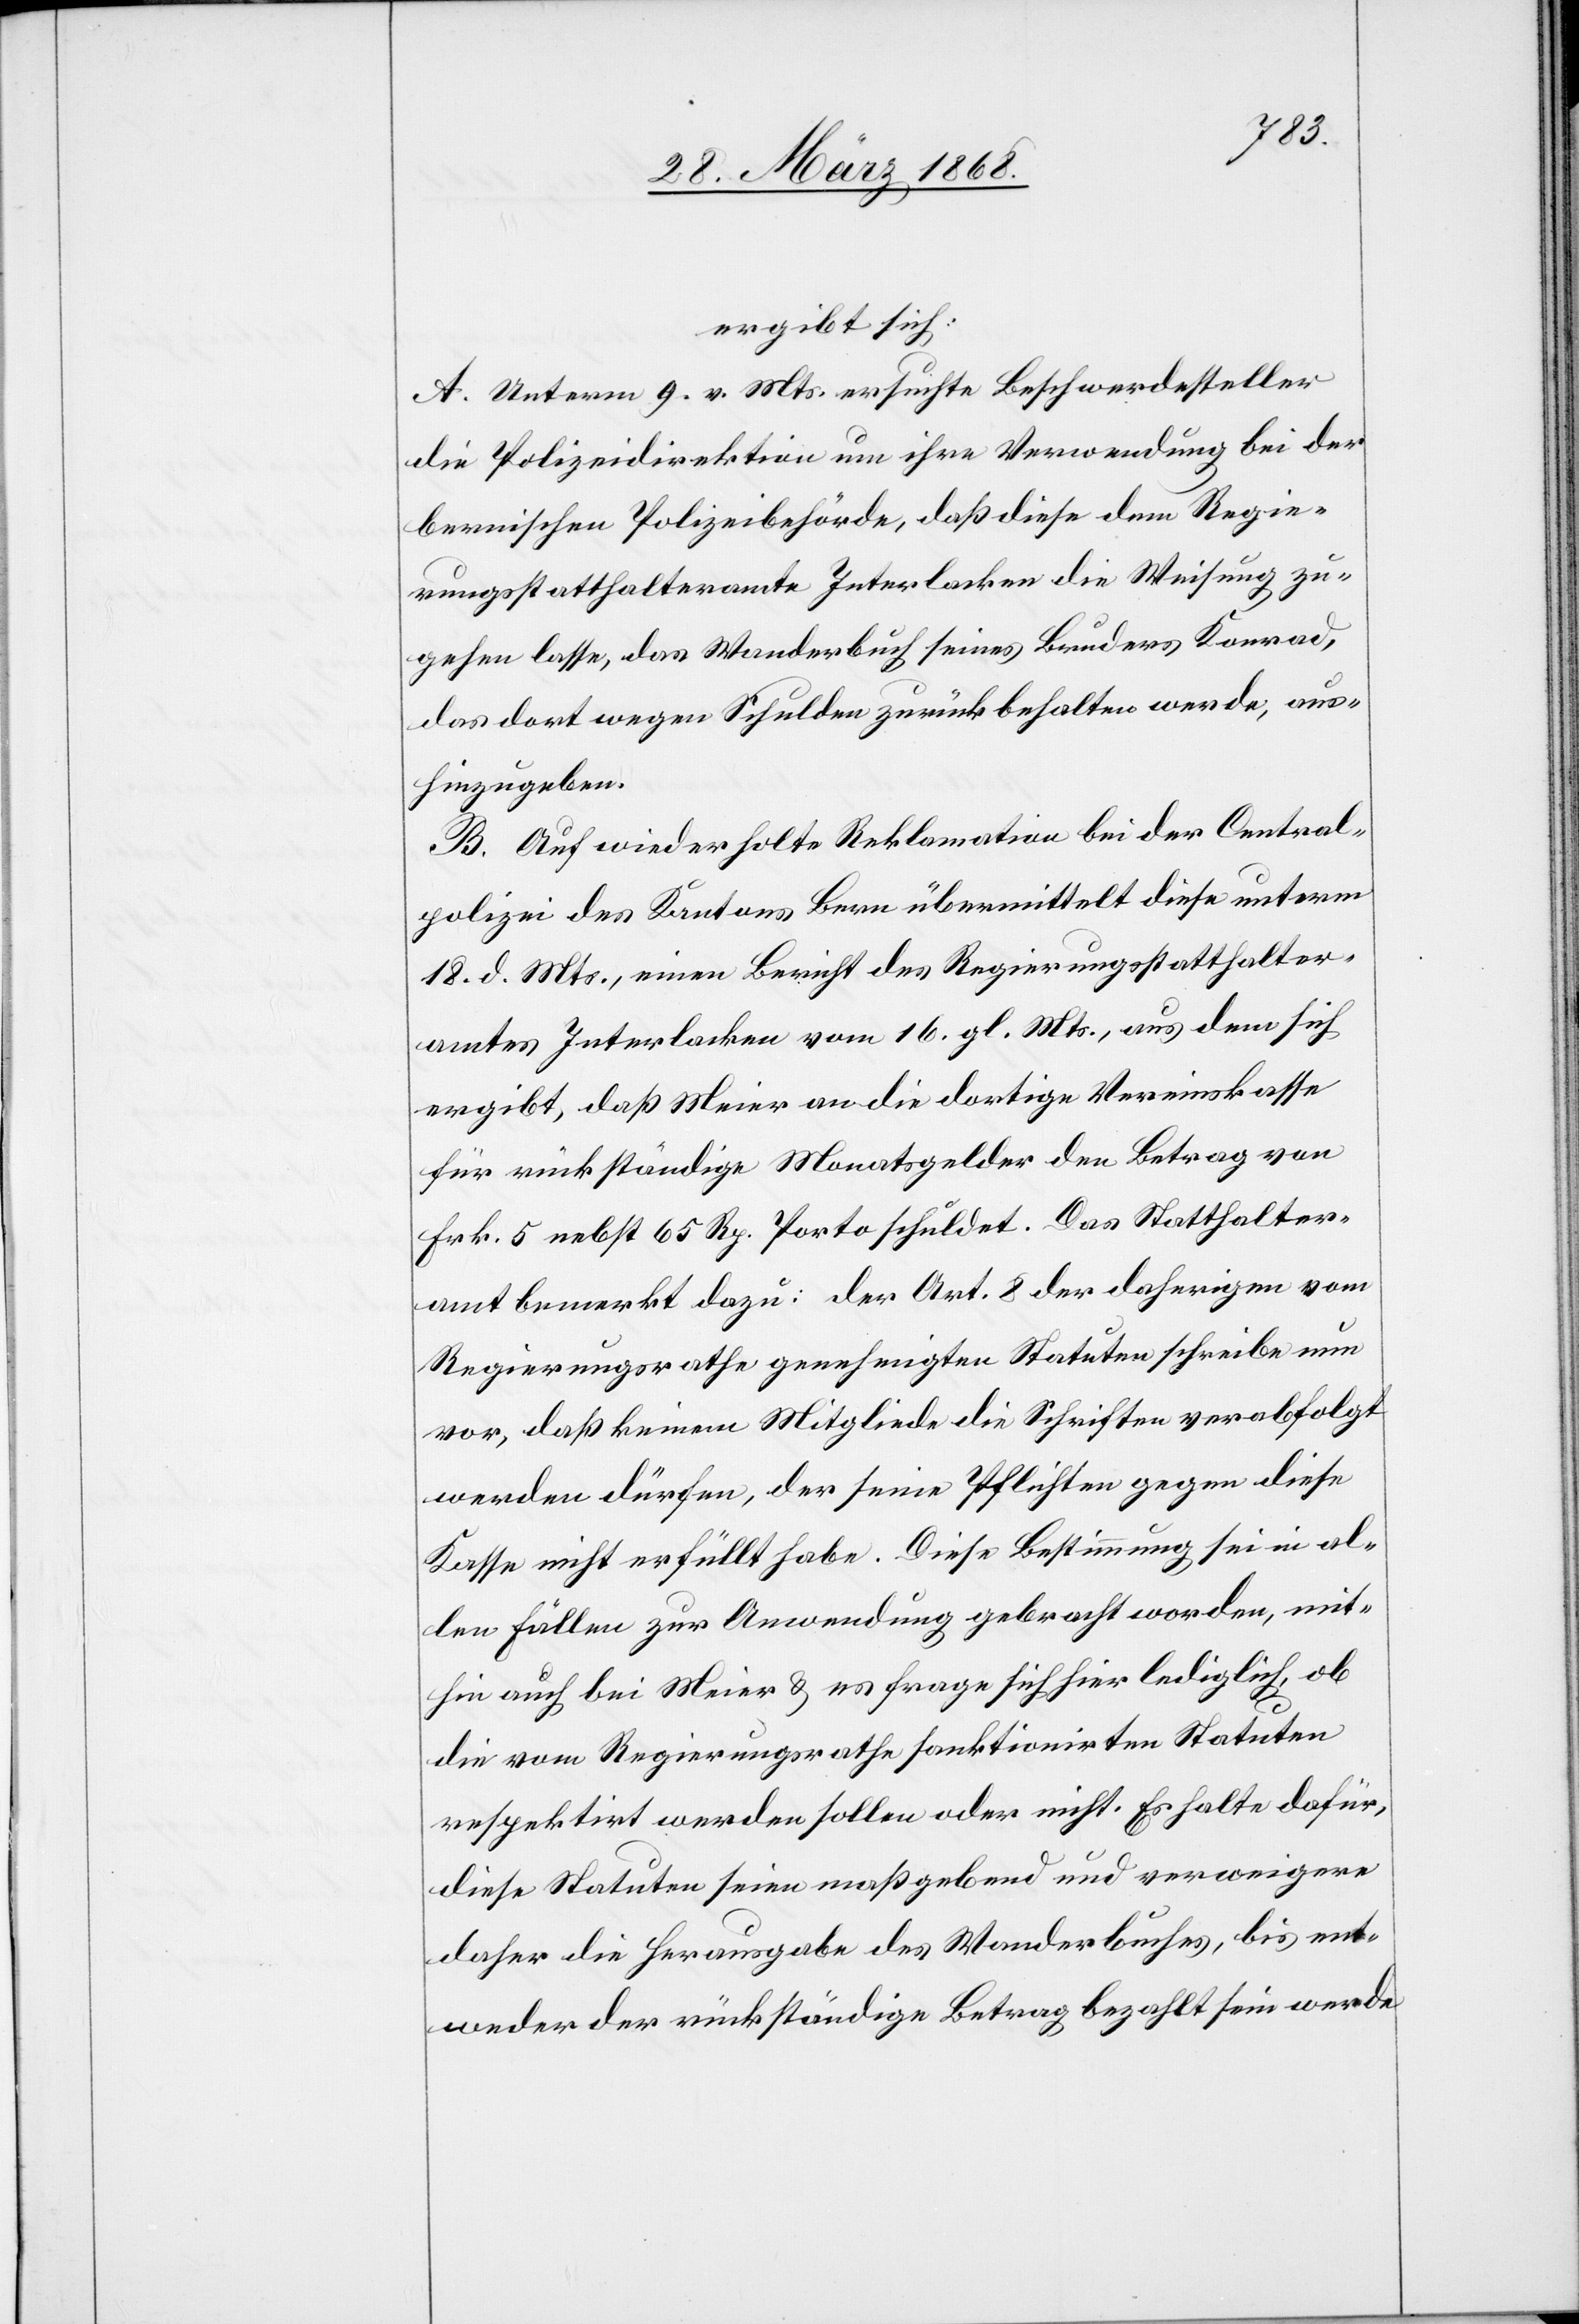
ergibt sich:
A. Unterm 9. v. Mts. ersuchte Beschwerdesteller
die Polizeidirektion um ihre Verwendung bei der
bernischen Polizeibehörde, daß diese dem Regie¬
rungsstatthalteramte Interlacken die Weisung zu¬
gehen lasse, das Wanderbuch seines Bruders Konrad,
das dort wegen Schulden zurückbehalten werde, aus¬
hinzugeben.
B. Auf wiederholte Reklamation bei der Central¬
polizei des Kantons Bern übermittelt diese unterm
18. d. Mts., einen Bericht des Regierungsstatthalter¬
amtes Interlacken vom 16. gl. Mts., aus dem sich
ergibt, daß Meier an die dortige Vereinskasse
für rückständige Monatsgelder den Betrag von
Frk. 5 nebst 65 Rp. Porto schuldet. Das Statthalter¬
amt bemerkt dazu: der Art. 8 der daherigen vom
Regierungsrathe genehmigten Statuten schreibe nun
vor, daß keinem Mitgliede die Schriften verabfolgt
werden dürfen, der [sic!] seine Pflichten gegen diese
Kasse nicht erfüllt habe. Diese Bestimmung sei in al¬
len Fällen zur Anwendung gebracht worden, mit¬
hin auch bei Meier & es frage sich hier lediglich, ob
die vom Regierungsrathe sanktionirten Statuten
respektirt werden sollen oder nicht. Es halte dafür,
diese Statuten seien maßgebend und verweigere
daher die Herausgabe des Wanderbuches, bis ent¬
weder der rückständige Betrag bezahlt sein werde